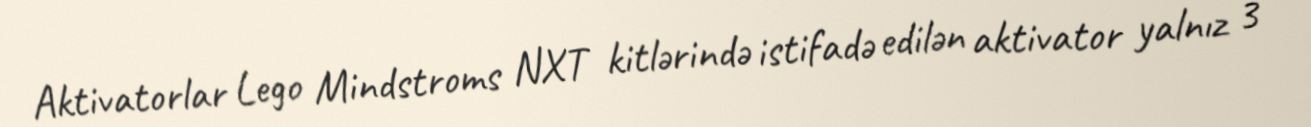
Aktivatorlar Lego Mindstroms NXT kitlərində istifadə edilən aktivator yalnız 3